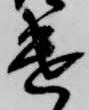
遣